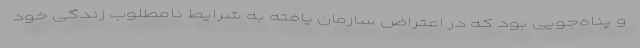
و پناه‌جویی بود که در اعتراض سازمان یافته به شرایط نامطلوب زندگی خود